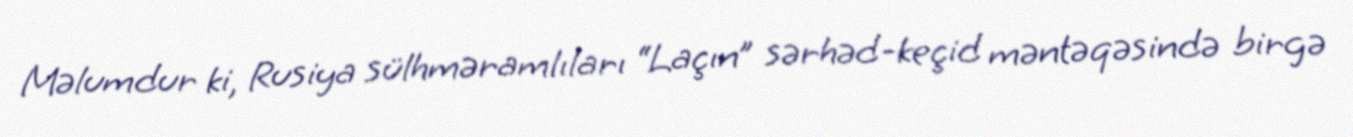
Məlumdur ki, Rusiya sülhməramlıları “Laçın” sərhəd-keçid məntəqəsində birgə